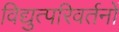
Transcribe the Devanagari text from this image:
विद्युत्परिवर्तनों